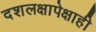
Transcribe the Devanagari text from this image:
दशलक्षापेक्षाही